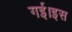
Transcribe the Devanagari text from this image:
गई।इस